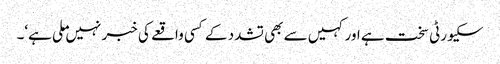
سکیورٹی سخت ہے اور کہیں سے بھی تشدد کے کسی واقعے کی خبر نہیں ملی ہے‘۔